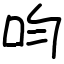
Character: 呁